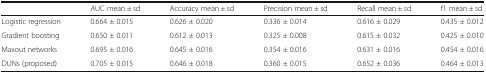
|  | AUC mean ± sd | Accuracy mean ± sd | Precision mean ± sd | Recall mean ± sd | f1 mean ± sd |
 | --- | --- | --- | --- | --- | --- |
 | Logistic regression | 0.664 ± 0.015 | 0.626 ± 0.020 | 0.336 ± 0.014 | 0.616 ± 0.029 | 0.435 ± 0.012 |
 | Gradient boosting | 0.650 ± 0.011 | 0.612 ± 0.013 | 0.325 ± 0.008 | 0.615 ± 0.032 | 0.425 ± 0.010 |
 | Maxout networks | 0.695 ± 0.016 | 0.645 ± 0.016 | 0.354 ± 0.016 | 0.631 ± 0.016 | 0.454 ± 0.016 |
 | DUNs (proposed) | 0.705 ± 0.015 | 0.646 ± 0.018 | 0.360 ± 0.015 | 0.652 ± 0.036 | 0.464 ± 0.013 |